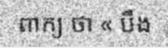
ពាក្យ ថា « បឹង